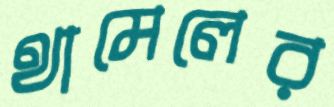
থামেলের